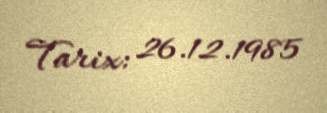
Tarix: 26.12.1985